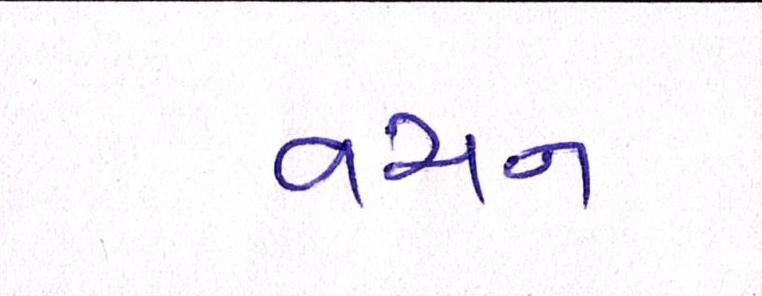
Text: વચન